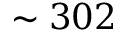
\sim 3 0 2